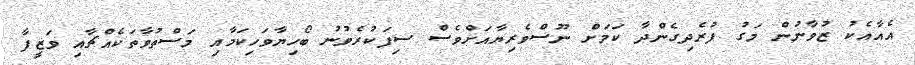
އެއާއެކު ޒުވާނުން މަގު ފުރެދިގެންދާ ކަމަށް ނޫސްވެރިޔާއަށްވެސް ސިފަކުރެވުނު ބޯހިޔާވަހިކަމާއި މަސްތުވާތަކެއްޗާއި ވަޒީފާ